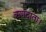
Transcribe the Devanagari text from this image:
ऋणदाता।